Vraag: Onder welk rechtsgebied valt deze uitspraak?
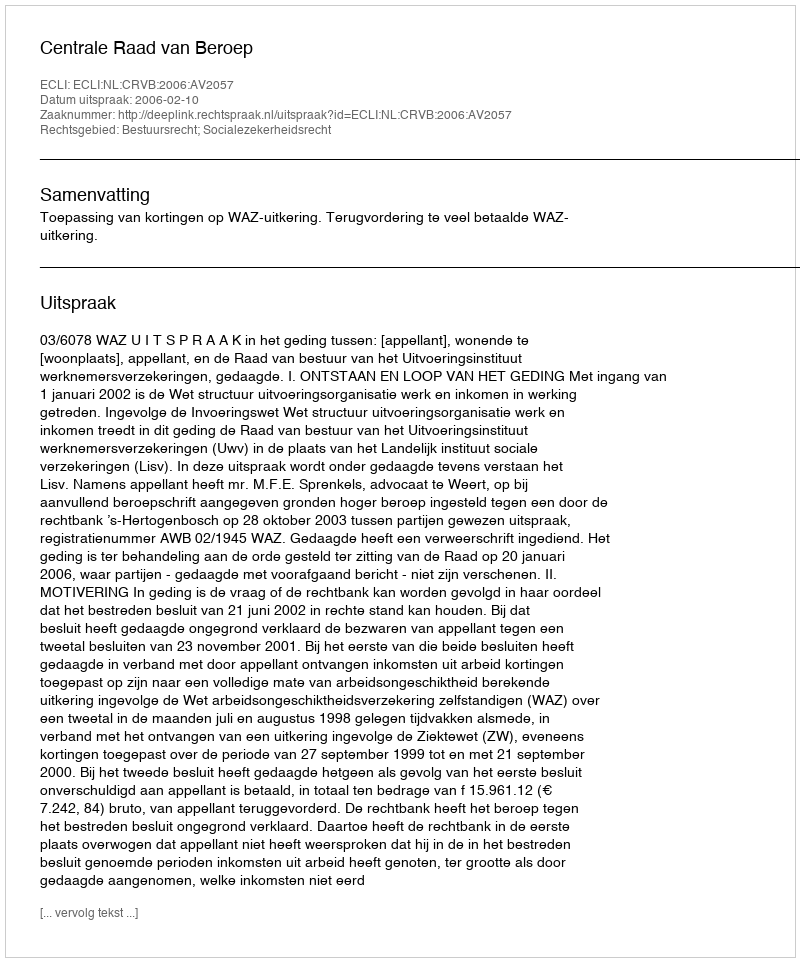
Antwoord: Bestuursrecht; Socialezekerheidsrecht